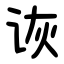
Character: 诙